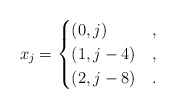
\begin{align*}x_j=\begin{cases}(0,j) & ,\\(1,j-4) & ,\\(2,j-8) & .\end{cases}\end{align*}